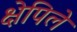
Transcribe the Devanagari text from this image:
क्षेपिले